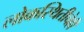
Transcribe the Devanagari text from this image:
लोकस्थितीचेही